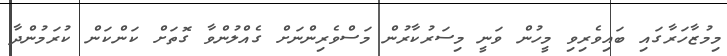
މިމުޒާހަރާގައި ބައިވެރިވި މީހުން ވަނީ މިސަރުކާރުން މަސްވެރިންނަށް ގެއްލުންވާ ގޮތަށް ކަންކަން ކުރަމުންދާ